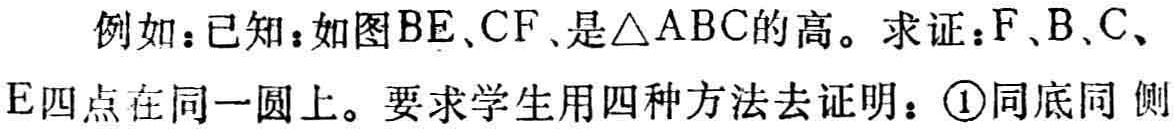
例如：已知：如图\(BE\)、\(CF\)、是\(\triangle ABC\)的高。求证：\(F\)、\(B\)、\(C\)、\(E\)四点在同一圆上。要求学生用四种方法去证明：\(\textcircled{1}\)同底同侧